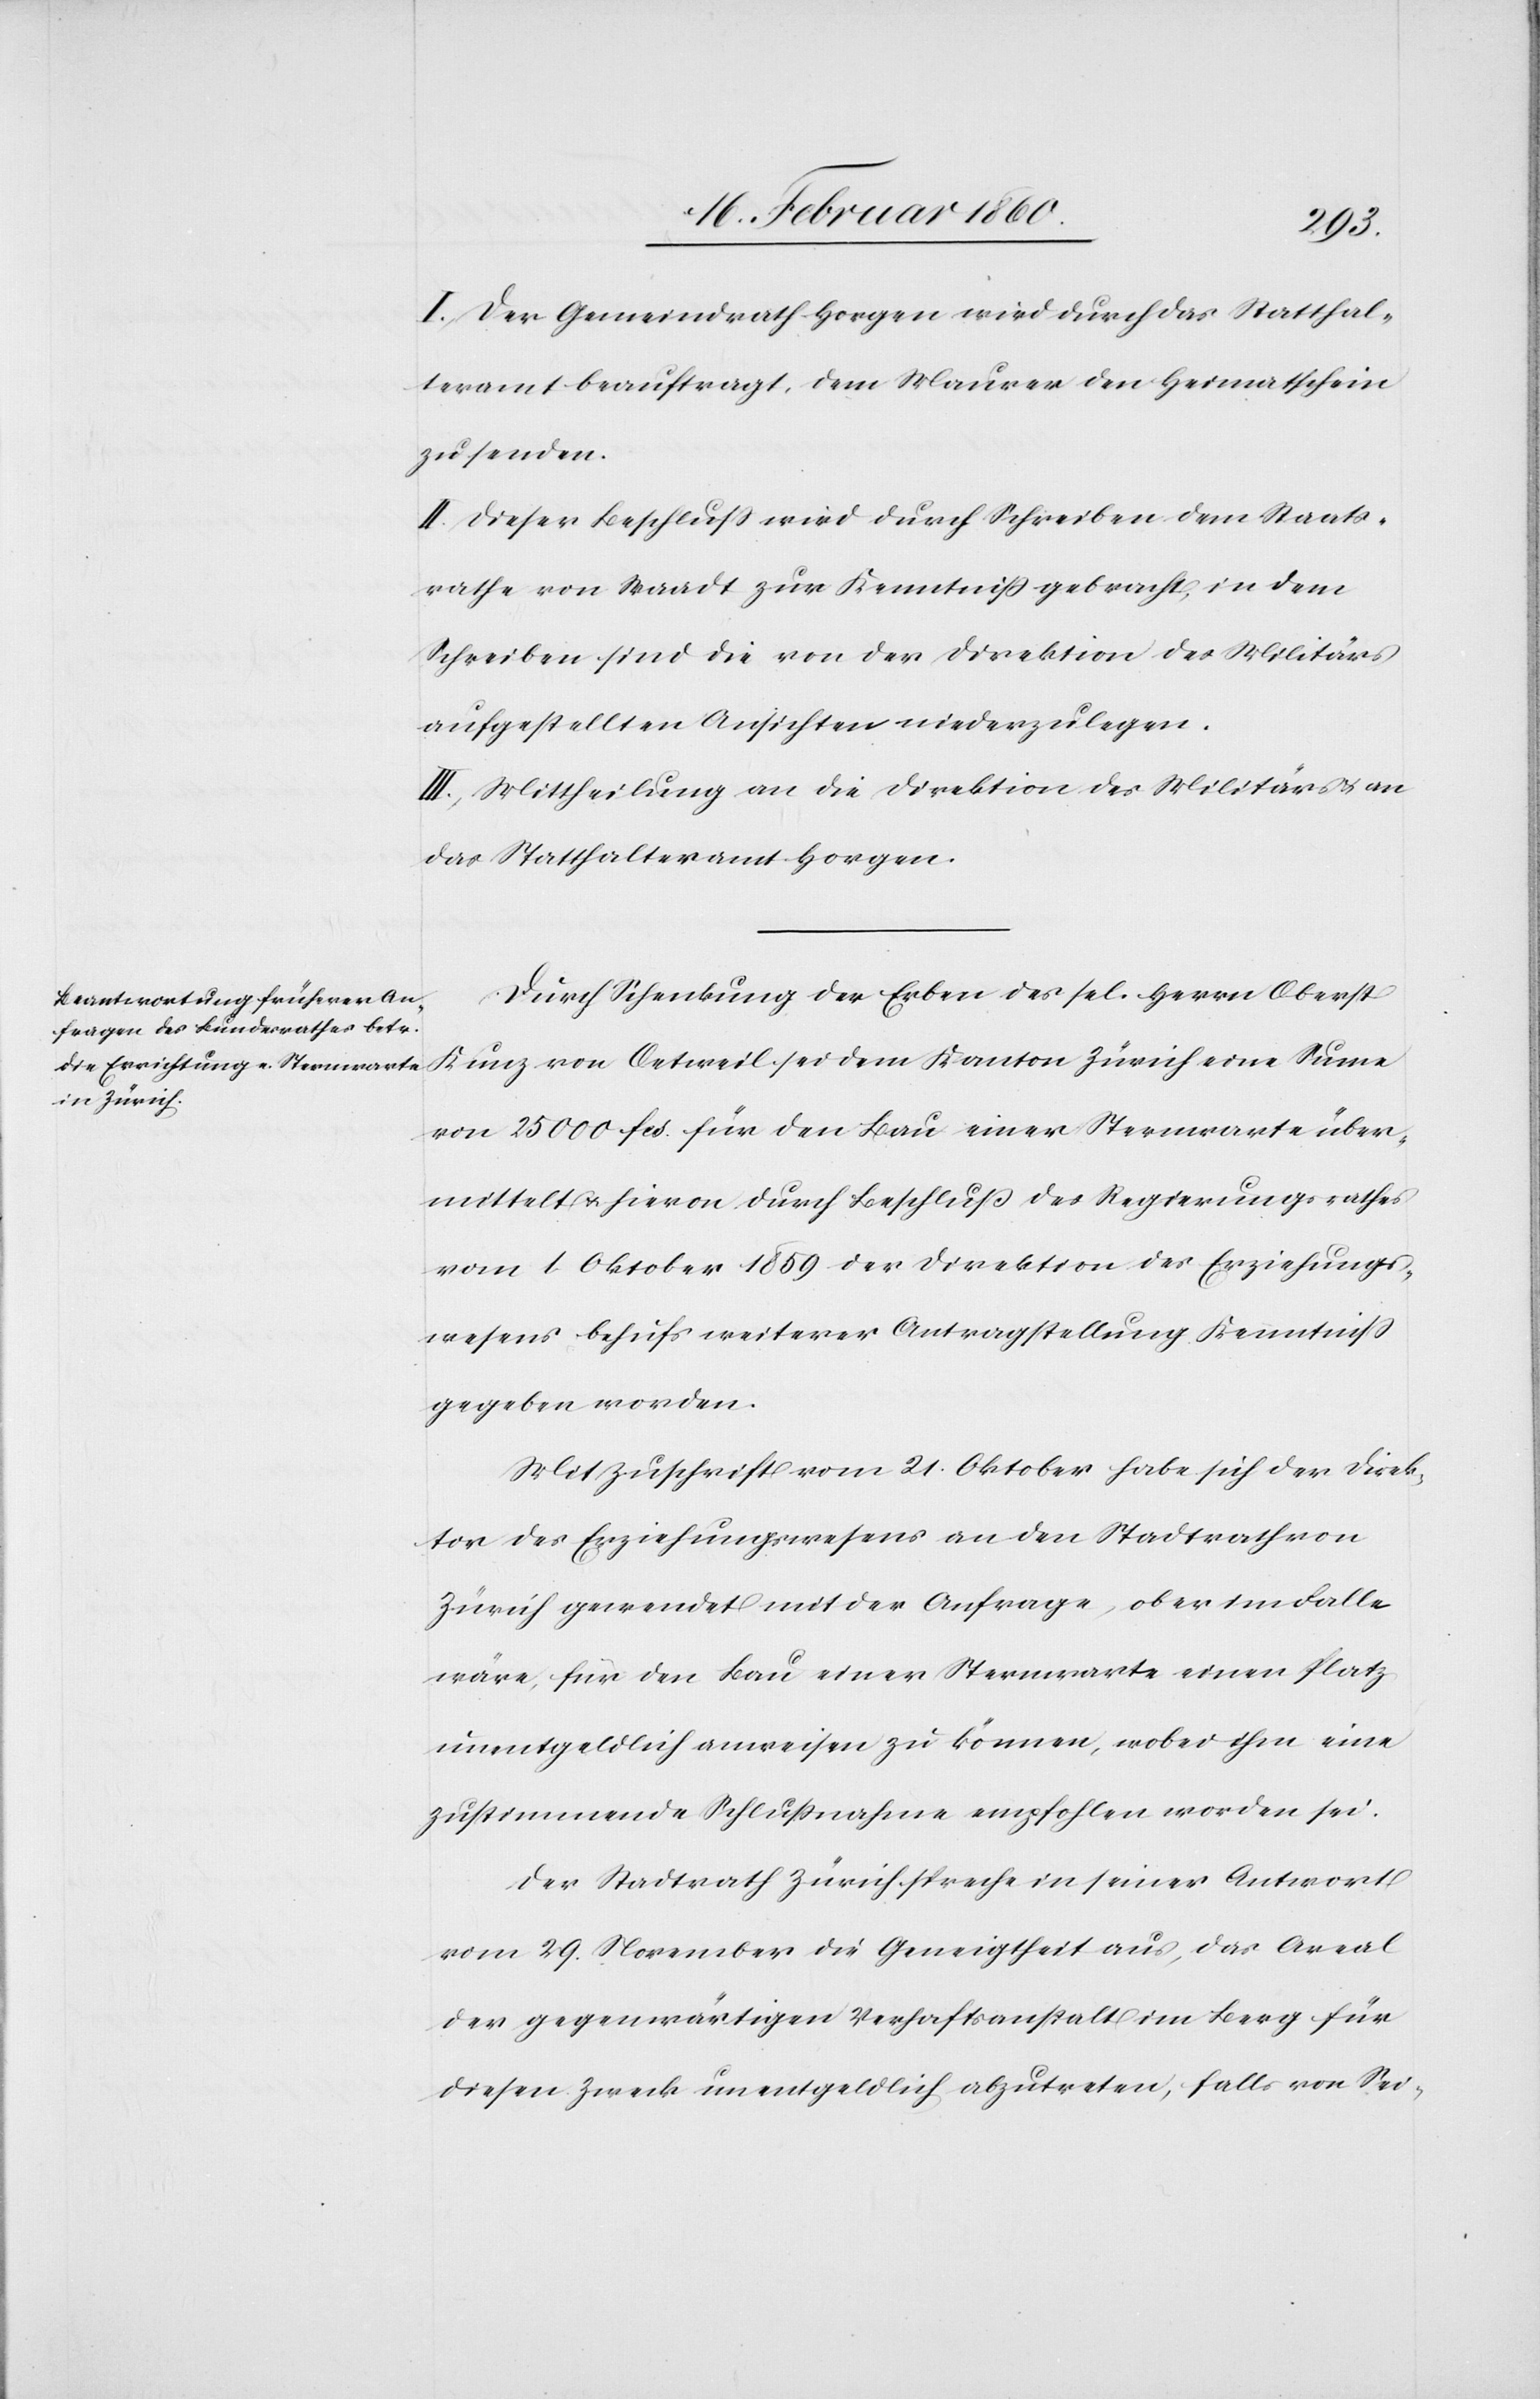
I. Der Gemeindrath Horgen wird durch das Statthal¬
teramt beauftragt, dem Maurer den Heimathschein
zu senden.
II. Dieser Beschluß wird durch Schreiben dem Staats¬
rathe von Waadt zur Kenntniß gebracht, in dem
Schreiben sind die von der Direktion des Militärs
aufgestellten Ansichten niederzulegen.
III. Mittheilung an die Direktion des Militärs an
das Statthalteramt Horgen.
Durch Schenkung der Erben des sel. Herrn Oberst
Kunz von Oetweil sei dem Kanton Zürich eine Sume
von 25 000 fcs. für den Bau einer Sternwarte über¬
mittelt u. hievon durch Beschluß des Regierungsrathes
vom 1. Oktober 1859 der Direktion des Erziehungs¬
wesens behufs weiterer Antragstellung Kenntniß
gegeben worden.
Mit Zuschrift vom 21. Oktober habe sich der Direk¬
tor des Erziehungswesens an den Stadtrath von
Zürich gewendet mit der Anfrage, ob er im Falle
wäre, für den Bau einer Sternwarte einen Platz
unentgeldlich anweisen zu können, wobei ihm eine
zustimmende Schlussnahme empfohlen worden sei.
Der Stadtrath Zürich spreche in seiner Antwort
vom 29. November die Geneigtheit aus, das Areal
der gegenwärtigen Verhaftsanstalt im Berg für
diesen Zweck unentgeldlich abzutreten, falls von Sei-